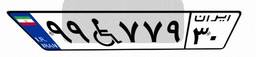
۹۷W۳۶۵۸۵